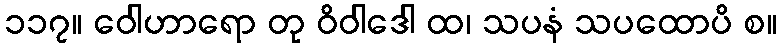
၁၁၇။ ဝေါဟာရော တု ဝိဝါဒေါ ထ၊ သပနံ သပထောပိ စ။